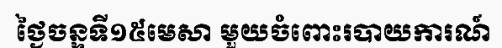
ថ្ងៃចន្ទទី១៥មេសា មួយចំពោះរបាយការណ៍